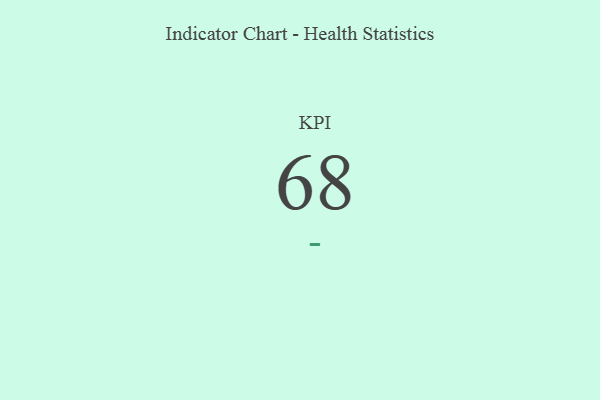
{"axis": {"x": "KPI", "y": "Value"}, "legend": [""], "data": [{"x": "KPI", "y": 68, "type": ""}]}